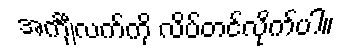
အင်္ကျီလက်ကို လိပ်တင်လိုက်ပါ။